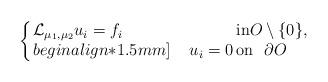
LaTeX: \begin{align*} \arraycolsep=1pt\left\{\begin{array}{lll} \displaystyle \mathcal{L}_{\mu_1,\mu_2} u_i = f_i &{\rm in} O\setminus \{0\},\\begin{align*}1.5mm] \phantom{ L_\mu } \displaystyle u_i= 0 &{\rm on}\ \ \partial O \end{array}\right.\end{align*}